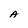
Character: A